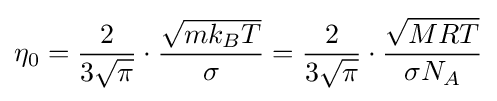
\eta _{0}={\frac {2}{3{\sqrt {\pi }}}}\cdot {\frac {\sqrt {mk_{B}T}}{\sigma }}={\frac {2}{3{\sqrt {\pi }}}}\cdot {\frac {\sqrt {MRT}}{\sigma N_{A}}}